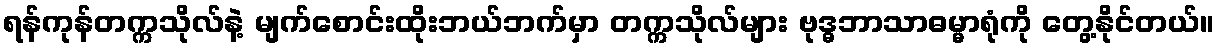
ရန်ကုန်တက္ကသိုလ်နဲ့ မျက်စောင်းထိုးဘယ်ဘက်မှာ တက္ကသိုလ်များ ဗုဒ္ဓဘာသာဓမ္မာရုံကို တွေ့နိုင်တယ်။